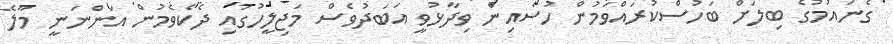
ގެނައުމުގެ ބިލަށް ބަހުސްކުރައްވަމުން ހުސެއިން ވިދާޅުވީ އަބަދުވެސް މަޖިލީހުގައި ދެކެވެމުން އަންނަނީ މާލޭ